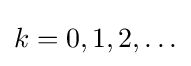
{\textstyle k=0,1,2,\ldots }